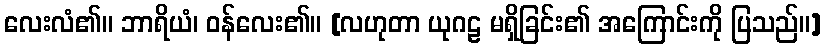
လေးလံ၏။ ဘာရိယံ၊ ဝန်လေး၏။ [လဟုတာ ယုဂဠ မရှိခြင်း၏ အကြောင်းကို ပြသည်။]